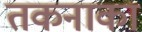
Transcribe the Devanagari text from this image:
तकनाका